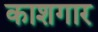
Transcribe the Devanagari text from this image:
काशगार